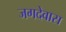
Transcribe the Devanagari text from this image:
जगदेवास